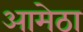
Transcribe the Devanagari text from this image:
आमेठा